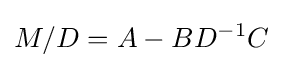
M/D=A-BD^{-1}C